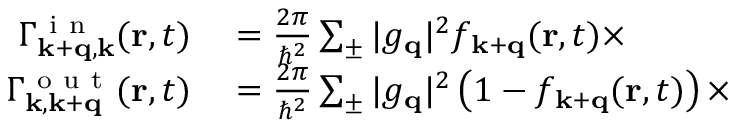
\begin{array} { r l } { \Gamma _ { \mathbf { k + q , k } } ^ { \mathrm { ~ i ~ n ~ } } ( \mathbf { r } , t ) } & { { } = \frac { 2 \pi } { \hbar ^ { 2 } } \sum _ { \pm } | g _ { \mathbf { q } } | ^ { 2 } f _ { \mathbf { k + q } } ( \mathbf { r } , t ) \times } \\ { \Gamma _ { \mathbf { k , k + q } } ^ { \mathrm { ~ o ~ u ~ t ~ } } ( \mathbf { r } , t ) } & { { } = \frac { 2 \pi } { \hbar ^ { 2 } } \sum _ { \pm } | g _ { \mathbf { q } } | ^ { 2 } \left( 1 - f _ { \mathbf { k + q } } ( \mathbf { r } , t ) \right) \times } \end{array}